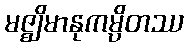
မဇ္ဈိမာနုကမ္ပိတဿ